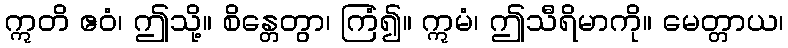
ဣတိ ဧဝံ၊ ဤသို့။ စိန္တေတွာ၊ ကြံ၍။ ဣမံ၊ ဤသီရိမာကို။ မေတ္တာယ၊